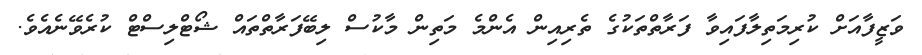
ވަޒީފާއަށް ކުރިމަތިލާފައިވާ ފަރާތްތަކުގެ ތެރިއިން އެންމެ މަތިން މާކުސް ލިބޭފަރާތްތައް ޝޯޓްލިސްޓް ކުރެވޭނެއެވެ.